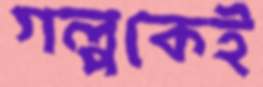
গল্পকেই